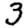
Digit: 3